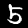
Label: 5